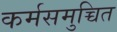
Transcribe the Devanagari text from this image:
कर्मसमुच्चित